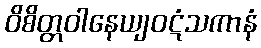
ဝိစိတ္တဝါနေယျဝဋံသကာနံ